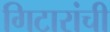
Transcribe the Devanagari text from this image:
गिटारांची